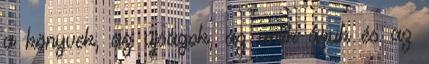
a könyvek, az újságok, az antik áruk és az